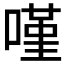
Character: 𠻨